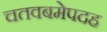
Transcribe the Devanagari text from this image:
चतवबमेपदह